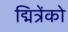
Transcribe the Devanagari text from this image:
द्मित्रेंको